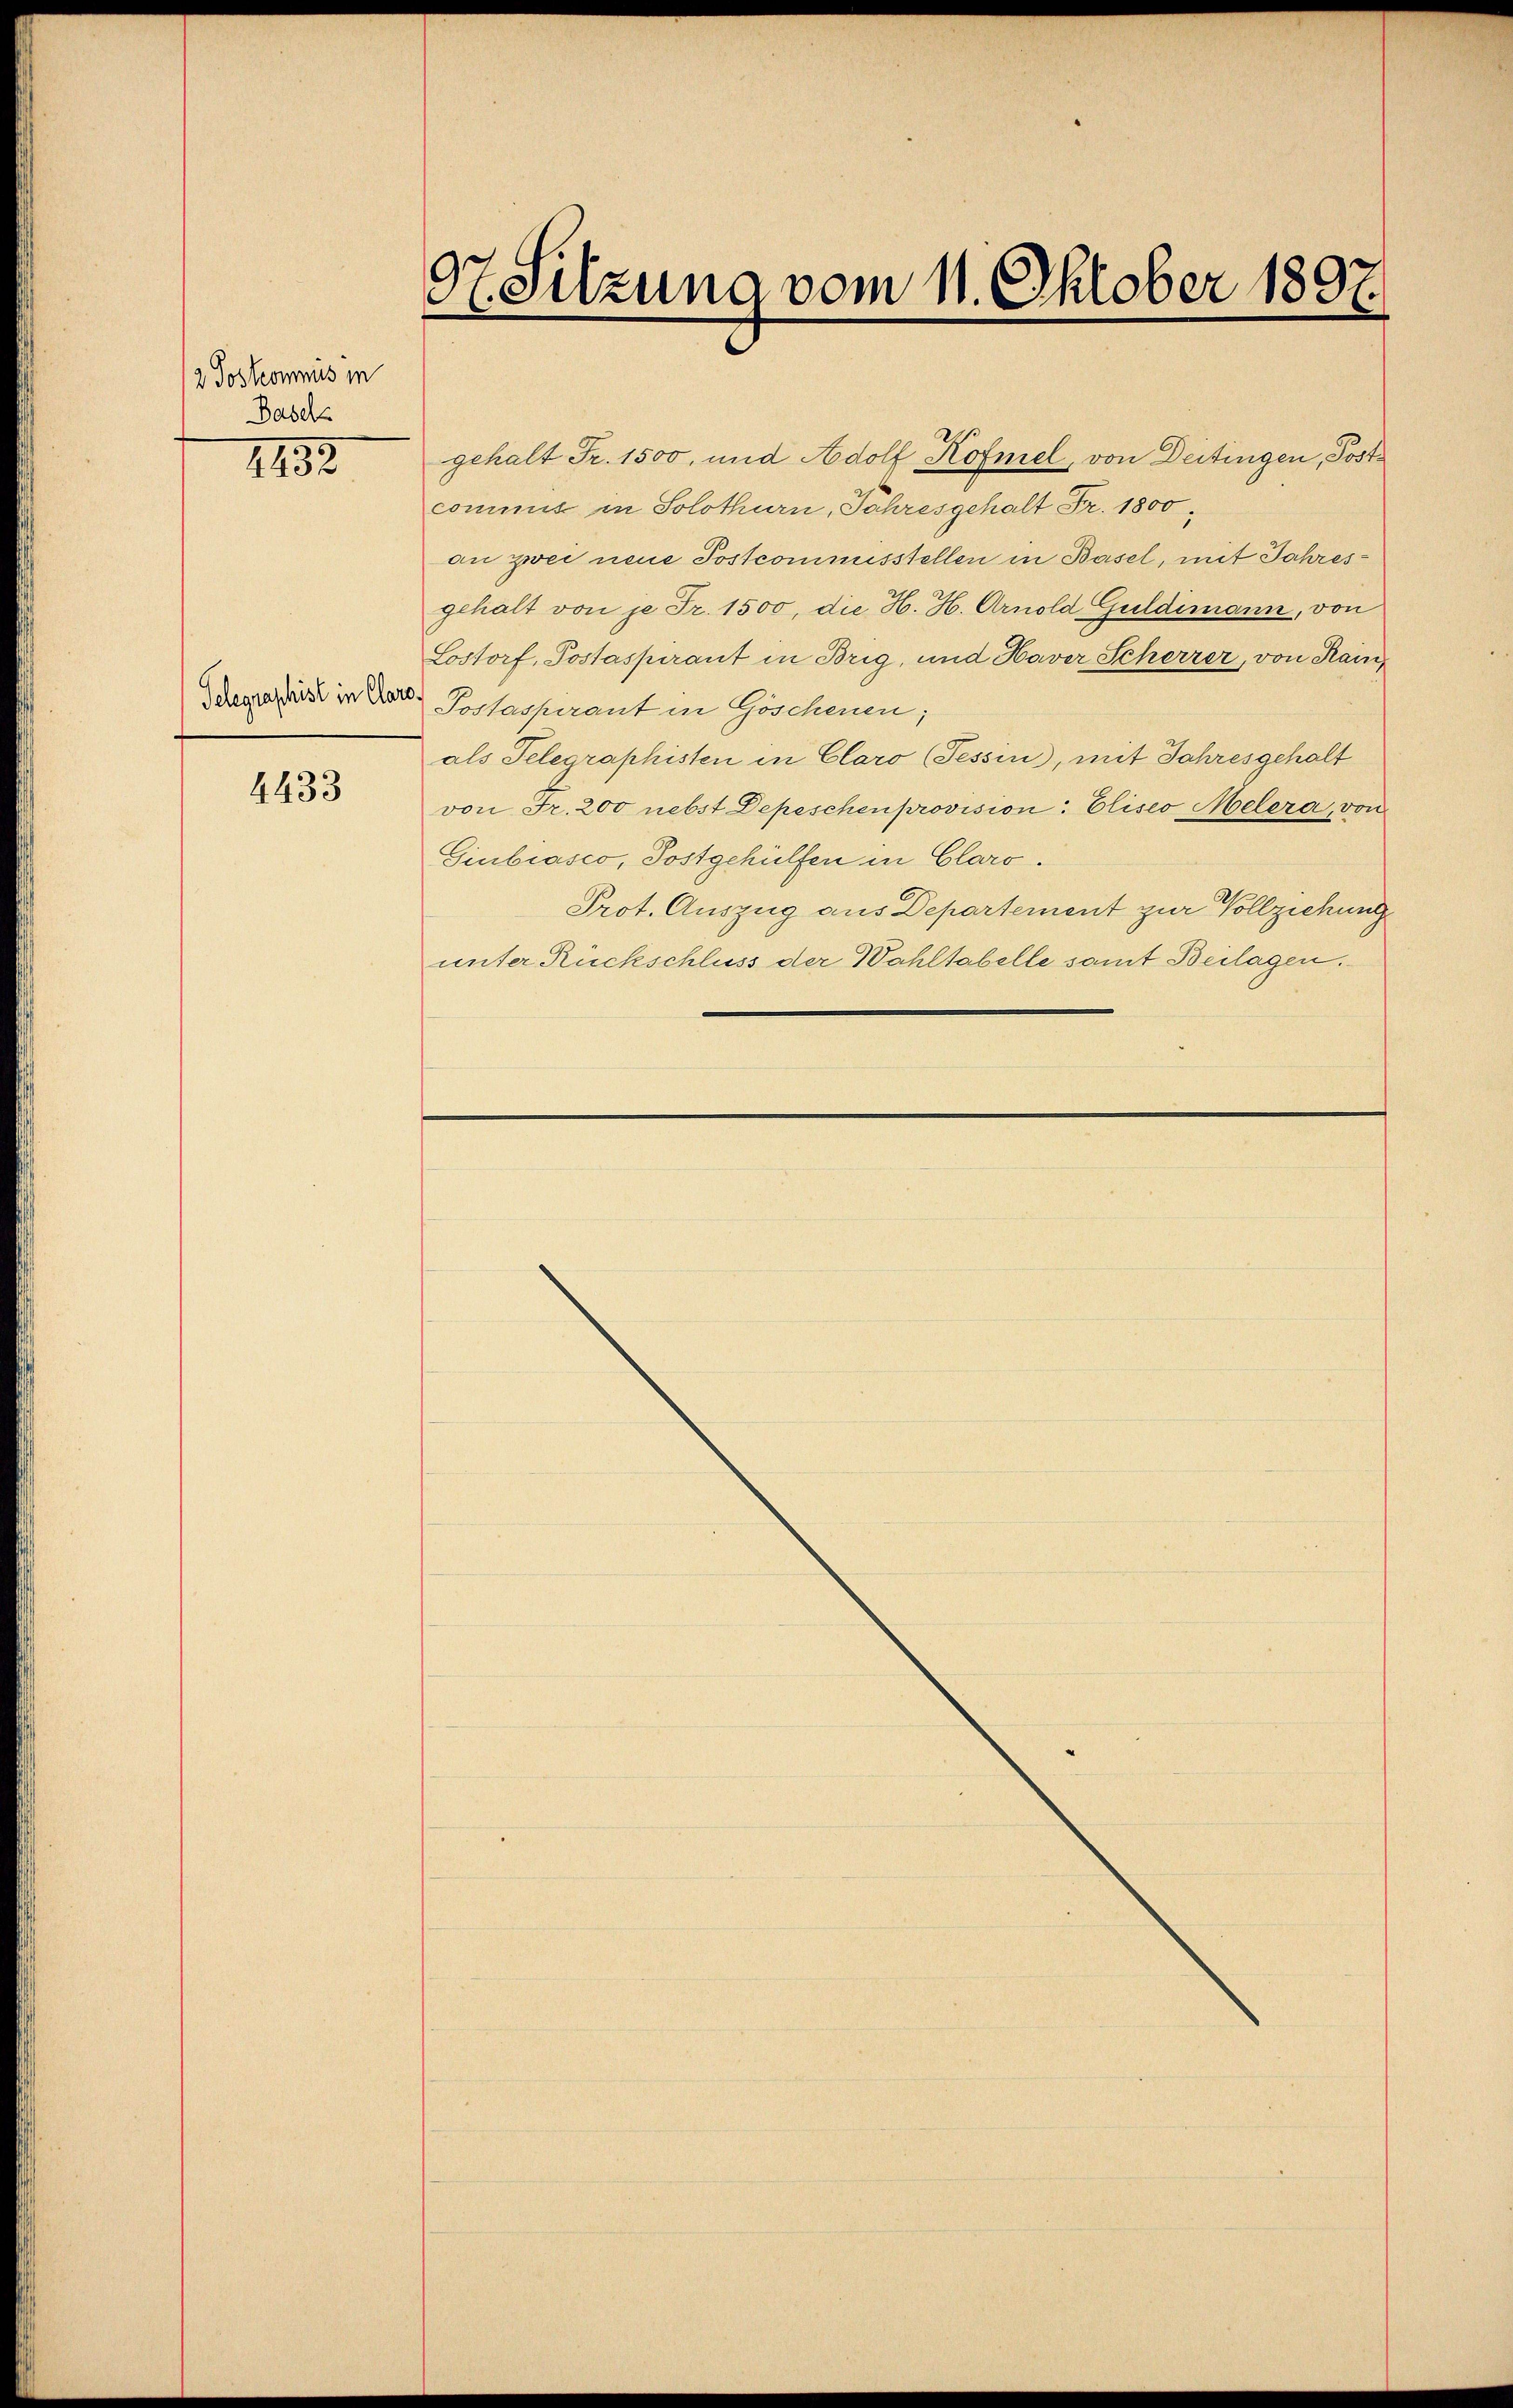
2 Postcommis in
Basels

1183.

4433

97. Sitzung vom 11. Oktober 1897.

gehalt Fr. 1500, und Adolf Köfmel, von Deitingen, Postcommis in Solothurn, Jahresgehalt Fr. 1800.
an zwei neue Postcommusstellen in Basel, mit Jahresgehalt von je Fr. 1500, die H. H. Arnold Guldimann, von
Lostorf, Postaspirant in Brig, und Haver Scherrer, von Rain¬
Schevertritt in der Postaspirant in Göschenen;
als Telegraphisten in Claro (Tessin, mit Jahresgehalt
von Fr. 200 nebst Depeschenprovision: Eliseo Melera, von
Giubiasco, Postgehülfen in Claro.
Prot. Auszug aus Departement zur Vollziehung
unter Rückschluss der Wahltabelle samt Beilagen.